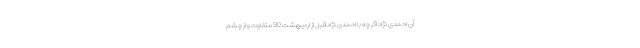
آن احمدی نژاد اگرچه با احمدی نژاد قبل از اردیبهشت 90 متفاوت و از چشم